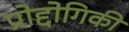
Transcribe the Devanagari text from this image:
प्रोद्दोगिकी